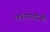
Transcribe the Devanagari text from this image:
कॉन्फेडरेसी